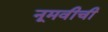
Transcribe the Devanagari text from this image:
नूमवीची